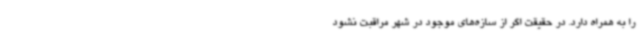
را به همراه دارد. در حقیقت اگر از سازه‌های موجود در شهر مراقبت نشود